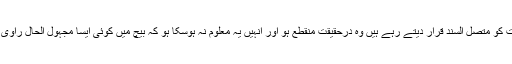
بہت ممکن ہے کہ جس روایت کو متصل السند قرار دیتے رہے ہیں وہ درحقیقت منقطع ہو اور انہیں یہ معلوم نہ ہوسکا ہو کہ بیچ میں کوئی ایسا مجہول الحال راوی چھوٹ گیا ہے جو ثقہ نہ تھا۔